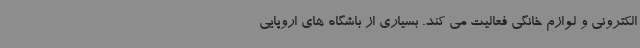
الکترونی و لوازم خانگی فعالیت می کند. بسیاری از باشگاه های اروپایی